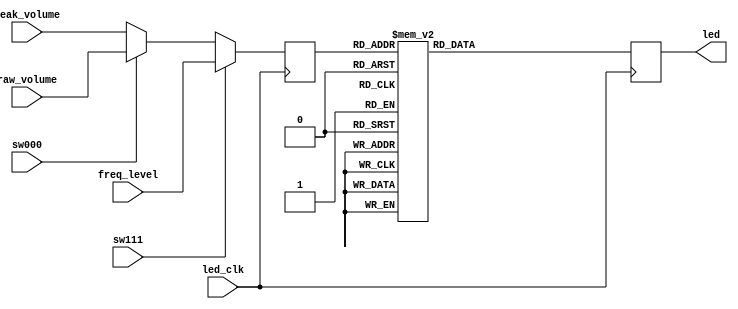
`timescale 1ns / 1ps
//////////////////////////////////////////////////////////////////////////////////
// Company: 
// Engineer: 
// 
// Design Name: 
// Module Name: LED_Display_Mic
// Project Name: 
// Target Devices: 
// Tool Versions: 
// Description: 
// 
// Dependencies: 
// 
// Revision:
// Revision 0.01 - File Created
// Additional Comments:
// 
//////////////////////////////////////////////////////////////////////////////////


module LED_Display_Mic(
    input led_clk,
    input sw000, sw111,
    input [3:0] raw_volume,
    input [3:0] peak_volume,
    input [3:0] freq_level,
    output reg [15:0] led = 16'b00000_00000_00000_0
    );
    
    reg [3:0] volume_used = 4'b0100; 
    always @(posedge led_clk) begin
        volume_used <= (sw111 == 1) ? freq_level : (sw000 == 1) ? raw_volume : peak_volume;
        case (volume_used)
        4'b0000:
            led <= {{15{1'b0}},1'b1};
        4'b0001:
            led <= {{14{1'b0}},{2{1'b1}}};
        4'b0010:
            led <= {{13{1'b0}},{3{1'b1}}};
        4'b0011:
            led <= {{12{1'b0}},{4{1'b1}}};
        4'b0100:
            led <= {{11{1'b0}},{5{1'b1}}};
        4'b0101:
            led <= {{10{1'b0}},{6{1'b1}}}; 
        4'b0110:
            led <= {{9{1'b0}},{7{1'b1}}};
        4'b0111:
            led <= {{8{1'b0}},{8{1'b1}}};
        4'b1000:
            led <= {{7{1'b0}},{9{1'b1}}}; 
        4'b1001:
            led <= {{6{1'b0}},{10{1'b1}}};   
        4'b1010:
            led <= {{5{1'b0}},{11{1'b1}}};  
        4'b1011:
            led <= {{4{1'b0}},{12{1'b1}}};
        4'b1100:
            led <= {{3{1'b0}},{13{1'b1}}};  
        4'b1101:
            led <= {{2{1'b0}},{14{1'b1}}};         
        4'b1110:
            led <= {{1{1'b0}},{15{1'b1}}};     
        4'b1111:
            led <= {16{1'b1}};
        default:
            led <= {16{1'b0}};
        endcase          
    end
endmodule